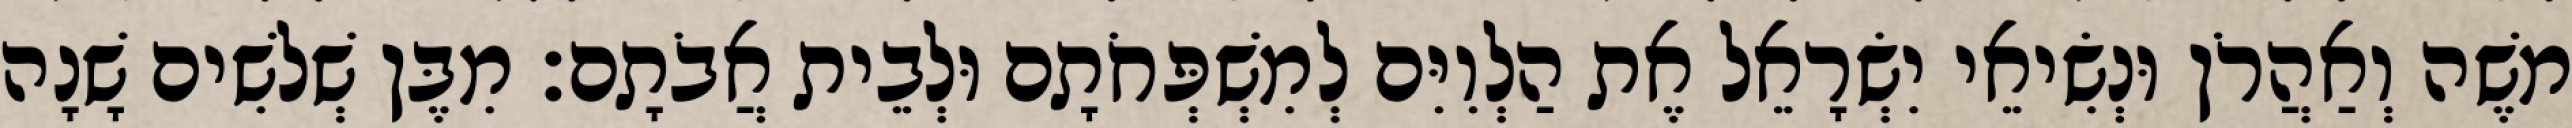
משֶׁה וְאַהֲרֹן וּנְשִׂיאֵי יִשְׂרָאֵל אֶת הַלְוִיִּם לְמִשְׁפְּחֹתָם וּלְבֵית אֲבֹתָם׃ מִבֶּן שְׁלשִׁים שָׁנָה